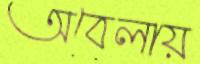
অবেলায়